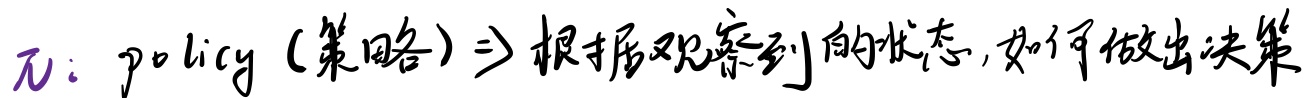
$\pi$：policy (策略)$\Rightarrow$根据观察到的状态,如何做出决策